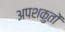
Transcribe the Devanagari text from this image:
अपशकुतों